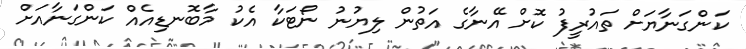
ކަންގަނާޔަށް ތައުރީފު ކޮށް އޭނާގެ އަތުން ލިޔުނު ނޯޓަކާ އެކު މާބޮނޑިއެއް ކަންގަނާއަށް